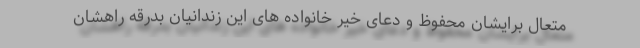
متعال برایشان محفوظ و دعای خیر خانواده های این زندانیان بدرقه راهشان